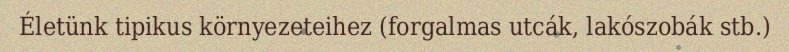
Életünk tipikus környezeteihez (forgalmas utcák, lakószobák stb.)